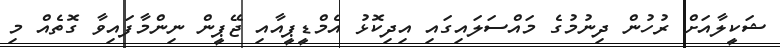
ޝަކީލާއަށް ރުހުން ދިނުމުގެ މައްސަލައިގައި އިދިކޮޅު އެމްޑީޕީއާއި ޖޭޕީން ނިންމާފައިވާ ގޮތެއް މި